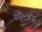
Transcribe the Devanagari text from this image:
ड्यूट्रान